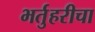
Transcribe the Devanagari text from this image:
भर्तुहरीचा